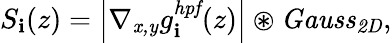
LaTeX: S_{\mathbf{i}}(z)=\left|\nabla_{\mathit{{x,y}}}g_{\mathbf{i}}^{\mathit{{hpf}}}(z)\right|\circledast\mathit{{Gauss}}_{\mathit{{2D}}},